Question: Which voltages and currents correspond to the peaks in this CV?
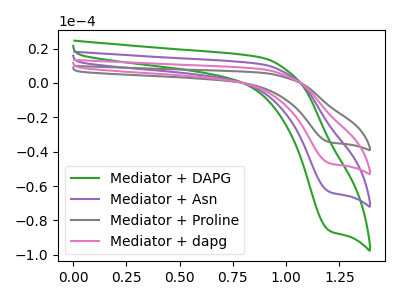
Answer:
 <answer>The green curve "Mediator + DAPG" has a cathodic peak at: (1.20V, -86.25uA). The purple curve "Mediator + Asn" has a cathodic peak at: (1.20V, -63.60uA). The gray curve "Mediator + Proline" has a cathodic peak at: (1.20V, -190.75uA). The pink curve "Mediator + dapg" has a cathodic peak at: (1.20V, -127.20uA).</answer>
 <eval></eval>